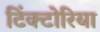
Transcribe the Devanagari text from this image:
टिंक्टोरिया